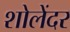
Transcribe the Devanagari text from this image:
शोलेंदर